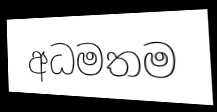
අධමතම